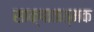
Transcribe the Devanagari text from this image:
साक्षातात्मक